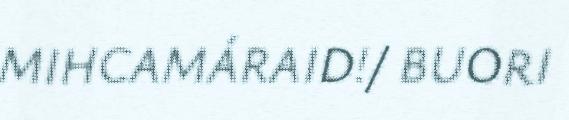
MIHCAMÁRAID!/ BUORI